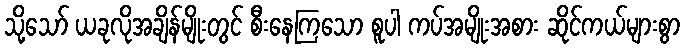
သို့သော် ယခုလိုအချိန်မျိုးတွင် စီးနေကြသော စူပါ ကပ်အမျိုးအစား ဆိုင်ကယ်များစွာ